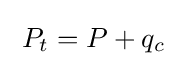
\;P_{t}=P+q_{c}